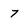
Character: 7